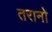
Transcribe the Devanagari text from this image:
तरानो